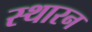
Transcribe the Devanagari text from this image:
स्थारन